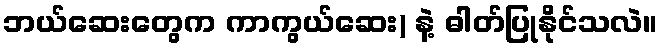
ဘယ်ဆေးတွေက ကာကွယ်ဆေး) နဲ့ ဓါတ်ပြုနိုင်သလဲ။